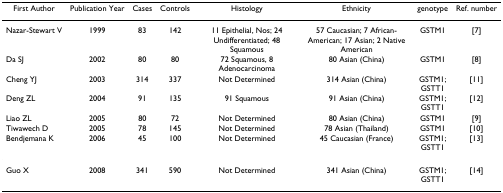
<table><thead><tr><td><b>First Author</b></td><td><b>Publication Year</b></td><td><b>Cases</b></td><td><b>Controls</b></td><td><b>Histology</b></td><td><b>Ethnicity</b></td><td><b>genotype</b></td><td><b>Ref. number</b></td></tr></thead><tbody><tr><td>Nazar-Stewart V</td><td>1999</td><td>83</td><td>142</td><td>11 Epithelial, Nos; 24 Undifferentiated; 48 Squamous</td><td>57 Caucasian; 7 African-American; 17 Asian; 2 Native American</td><td>GSTM1</td><td>[7]</td></tr><tr><td>Da SJ</td><td>2002</td><td>80</td><td>80</td><td>72 Squamous, 8 Adenocarcinoma</td><td>80 Asian (China)</td><td>GSTM1</td><td>[8]</td></tr><tr><td>Cheng YJ</td><td>2003</td><td>314</td><td>337</td><td>Not Determined</td><td>314 Asian (China)</td><td>GSTM1;GSTT1</td><td>[11]</td></tr><tr><td>Deng ZL</td><td>2004</td><td>91</td><td>135</td><td>91 Squamous</td><td>91 Asian (China)</td><td>GSTM1;GSTT1</td><td>[12]</td></tr><tr><td>Liao ZL</td><td>2005</td><td>80</td><td>72</td><td>Not Determined</td><td>80 Asian (China)</td><td>GSTM1</td><td>[9]</td></tr><tr><td>Tiwawech D</td><td>2005</td><td>78</td><td>145</td><td>Not Determined</td><td>78 Asian (Thailand)</td><td>GSTM1</td><td>[10]</td></tr><tr><td>Bendjemana K</td><td>2006</td><td>45</td><td>100</td><td>Not Determined</td><td>45 Caucasian (France)</td><td>GSTM1;GSTT1</td><td>[13]</td></tr><tr><td>Guo X</td><td>2008</td><td>341</td><td>590</td><td>Not Determined</td><td>341 Asian (China)</td><td>GSTM1;GSTT1</td><td>[14]</td></tr></tbody></table>